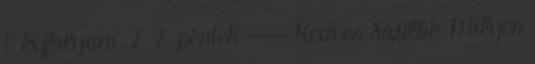
1. évfolyam. 2. 2. péntek ---- Kedves Szülők Milyen